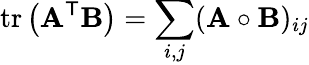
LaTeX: \operatorname{tr}\left(\mathbf{A}^{\mathsf{T}}\mathbf{B}\right)=\sum_{i,j}(\mathbf{A}\circ\mathbf{B})_{ij}